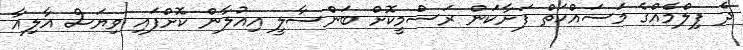
ދެ ފިލްމެއްގެ މަސައްކަތް ފަށާކަން ރަސްމީކޮށް ބަންސާލީ އިއުލާން ކޮށްފައި ވިޔަސް އާލިއާ